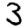
Digit: 3